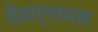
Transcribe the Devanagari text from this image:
देवार्नामस